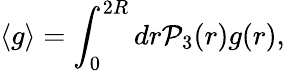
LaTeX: \langle g\rangle=\int_{0}^{2R}dr{\cal P}_{3}(r)g(r),